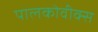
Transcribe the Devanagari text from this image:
पालकोवीक्स